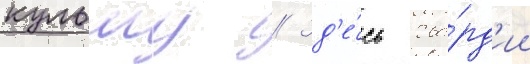
кульму // Зд'е́сь гва́рд'ии